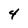
Character: 4